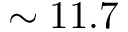
\sim 1 1 . 7